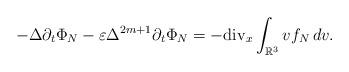
LaTeX: \begin{align*}-\Delta \partial_t\Phi_{N}-\varepsilon\Delta^{2m+1}\partial_t\Phi_{N}=-{\rm{div}}_x\int_{\mathbb{R}^3}vf_{N}\,dv.\end{align*}